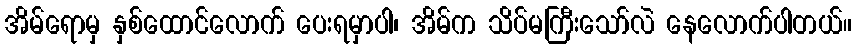
အိမ်ရောမှ နှစ်ထောင်လောက် ပေးရမှာပါ၊ အိမ်က သိပ်မကြီးသော်လဲ နေလောက်ပါတယ်။